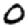
Digit: 0